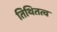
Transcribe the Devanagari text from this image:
तिथितत्व